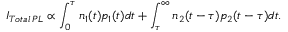
I _ { T o t a l \, P L } \propto \int _ { 0 } ^ { \tau } n _ { 1 } ( t ) p _ { 1 } ( t ) d t + \int _ { \tau } ^ { \infty } n _ { 2 } ( t - \tau ) p _ { 2 } ( t - \tau ) d t .